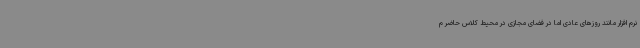
نرم افزار مانند روزهای عادی اما در فضای مجازی در محیط کلاس حاضر م